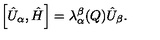
\left[ \hat { U } _ { \alpha } , \hat { H } \right] = \lambda _ { \alpha } ^ { \beta } ( Q ) \hat { U } _ { \beta } .